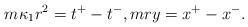
LaTeX: \begin{align*} m \kappa_1 r^2 = t^+-t^-, m r y = x^+ - x^-.\end{align*}